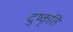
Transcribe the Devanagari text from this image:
दुष्कृति